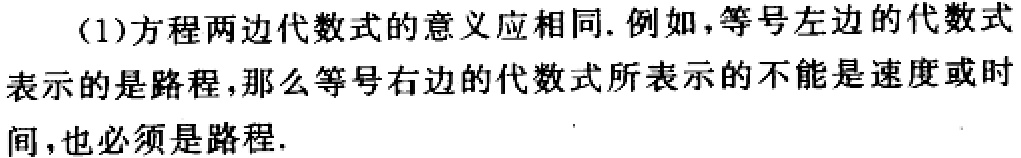
(1)方程两边代数式的意义应相同. 例如，等号左边的代数式表示的是路程，那么等号右边的代数式所表示的不能是速度或时间，也必须是路程.